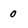
Character: 0